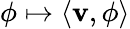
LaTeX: \phi\mapsto\langle\mathbf{v},\phi\rangle